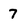
Character: 7